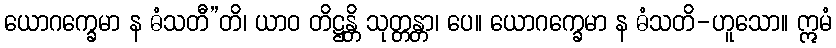
ယောဂက္ခေမာ န ဓံသတီ”တိ၊ ယာဝ တိဋ္ဌန္တိ သုတ္တန္တာ၊ ပေ။ ယောဂက္ခေမာ န ဓံသတိ-ဟူသော။ ဣမံ